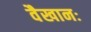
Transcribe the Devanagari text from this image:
वैखानः